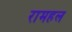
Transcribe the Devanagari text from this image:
रामहल